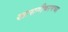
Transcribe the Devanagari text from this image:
खासगीकरणच्या